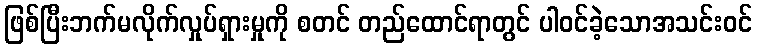
ဖြစ်ပြီးဘက်မလိုက်လှုပ်ရှားမှုကို စတင် တည်ထောင်ရာတွင် ပါဝင်ခဲ့သောအသင်းဝင်